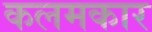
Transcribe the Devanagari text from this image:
कलमकार